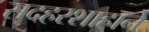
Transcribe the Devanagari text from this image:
सदहरशाहाने